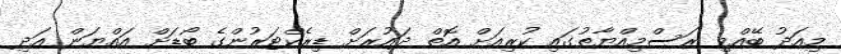
މިއަދު ބޭއްވި ރަސްމިއްޔާތުގައި ކުރިއަށް އޮތް ދައުރަށް ޑިރެކްޓަރުންގެ ބޯޑަށް އައްޔަން އަދި